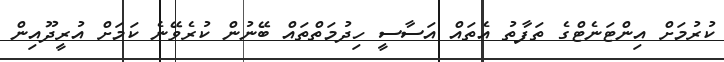
ކުރުމަށް އިންޓަނެޓްގެ ތަފާތު އެތައް އަސާސީ ހިދުމަތްތައް ބޭނުން ކުރެވޭނެ ކަމަށް އުރީދޫއިން